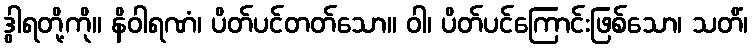
ဒွါရတို့ကို။ နိဝါရဏံ၊ ပိတ်ပင်တတ်သော။ ဝါ၊ ပိတ်ပင်ကြောင်းဖြစ်သော၊ သတိံ၊